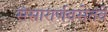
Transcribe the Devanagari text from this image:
संसारार्णवसेतवे